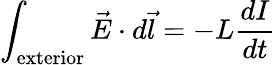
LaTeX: \int_{\mathrm{exterior}}{\vec{E}}\cdot d{\vec{l}}=-L{\frac{dI}{dt}}